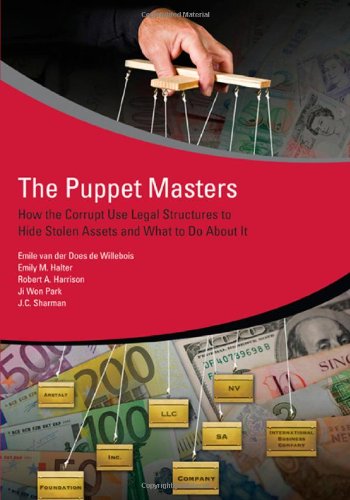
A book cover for The Puppet Masters: How the Corrupt Use Legal Structures to Hide Stolen Assets and What to Do About It; Emile van der Does de Willebois; Biographies & Memoirs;